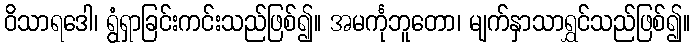
ဝိသာရဒေါ၊ ရွံရှာခြင်းကင်းသည်ဖြစ်၍။ အမင်္ကုဘူတော၊ မျက်နှာသာရွှင်သည်ဖြစ်၍။